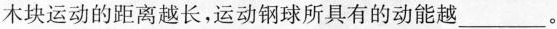
木块运动的距离越长，运动钢球所具有的动能越___。